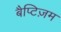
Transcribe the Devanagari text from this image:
बैप्टिज़म